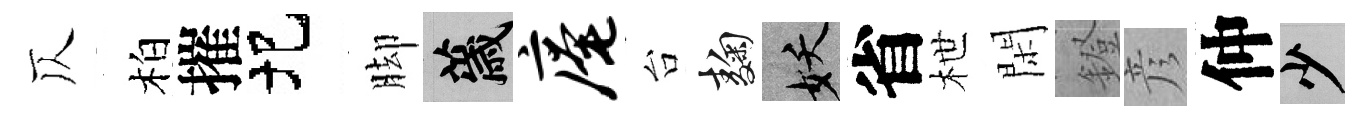
仄柏摧圯脚薉庵台麹妖省枻閑鐙彦仲少